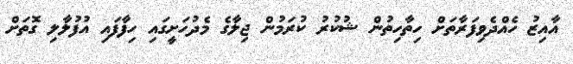
އާއިޒު ހެއްދެވިފަރާތަށް ހިތާހިތުން ޝުކުރު ކުރަމުން ޖިލާގެ މެދުހަށީގައި ހިފާފައި އުފުލާލި ގޮތަށް